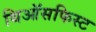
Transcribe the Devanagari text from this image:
थिऑसफिस्ट